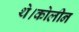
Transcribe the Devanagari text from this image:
थे।कोलीन